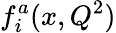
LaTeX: f_{i}^{a}(x,Q^{2})